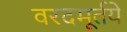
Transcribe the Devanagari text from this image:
वरदमूर्तये